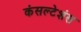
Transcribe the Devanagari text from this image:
कंसल्टेशंस